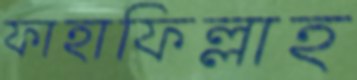
ফাহাফিল্লাহ